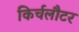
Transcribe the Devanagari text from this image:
किर्चलौटर